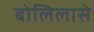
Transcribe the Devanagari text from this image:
बोलिलासे